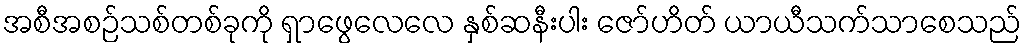
အစီအစဉ်သစ်တစ်ခုကို ရှာဖွေလေလေ နှစ်ဆနီးပါး ဇော်ဟိတ် ယာယီသက်သာစေသည်